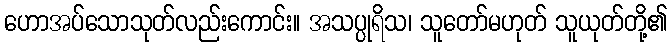
ဟောအပ်သောသုတ်လည်းကောင်း။ အသပ္ပုရိသ၊ သူတော်မဟုတ် သူယုတ်တို့၏